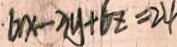
6 x - 3 y + 6 z = 2 4